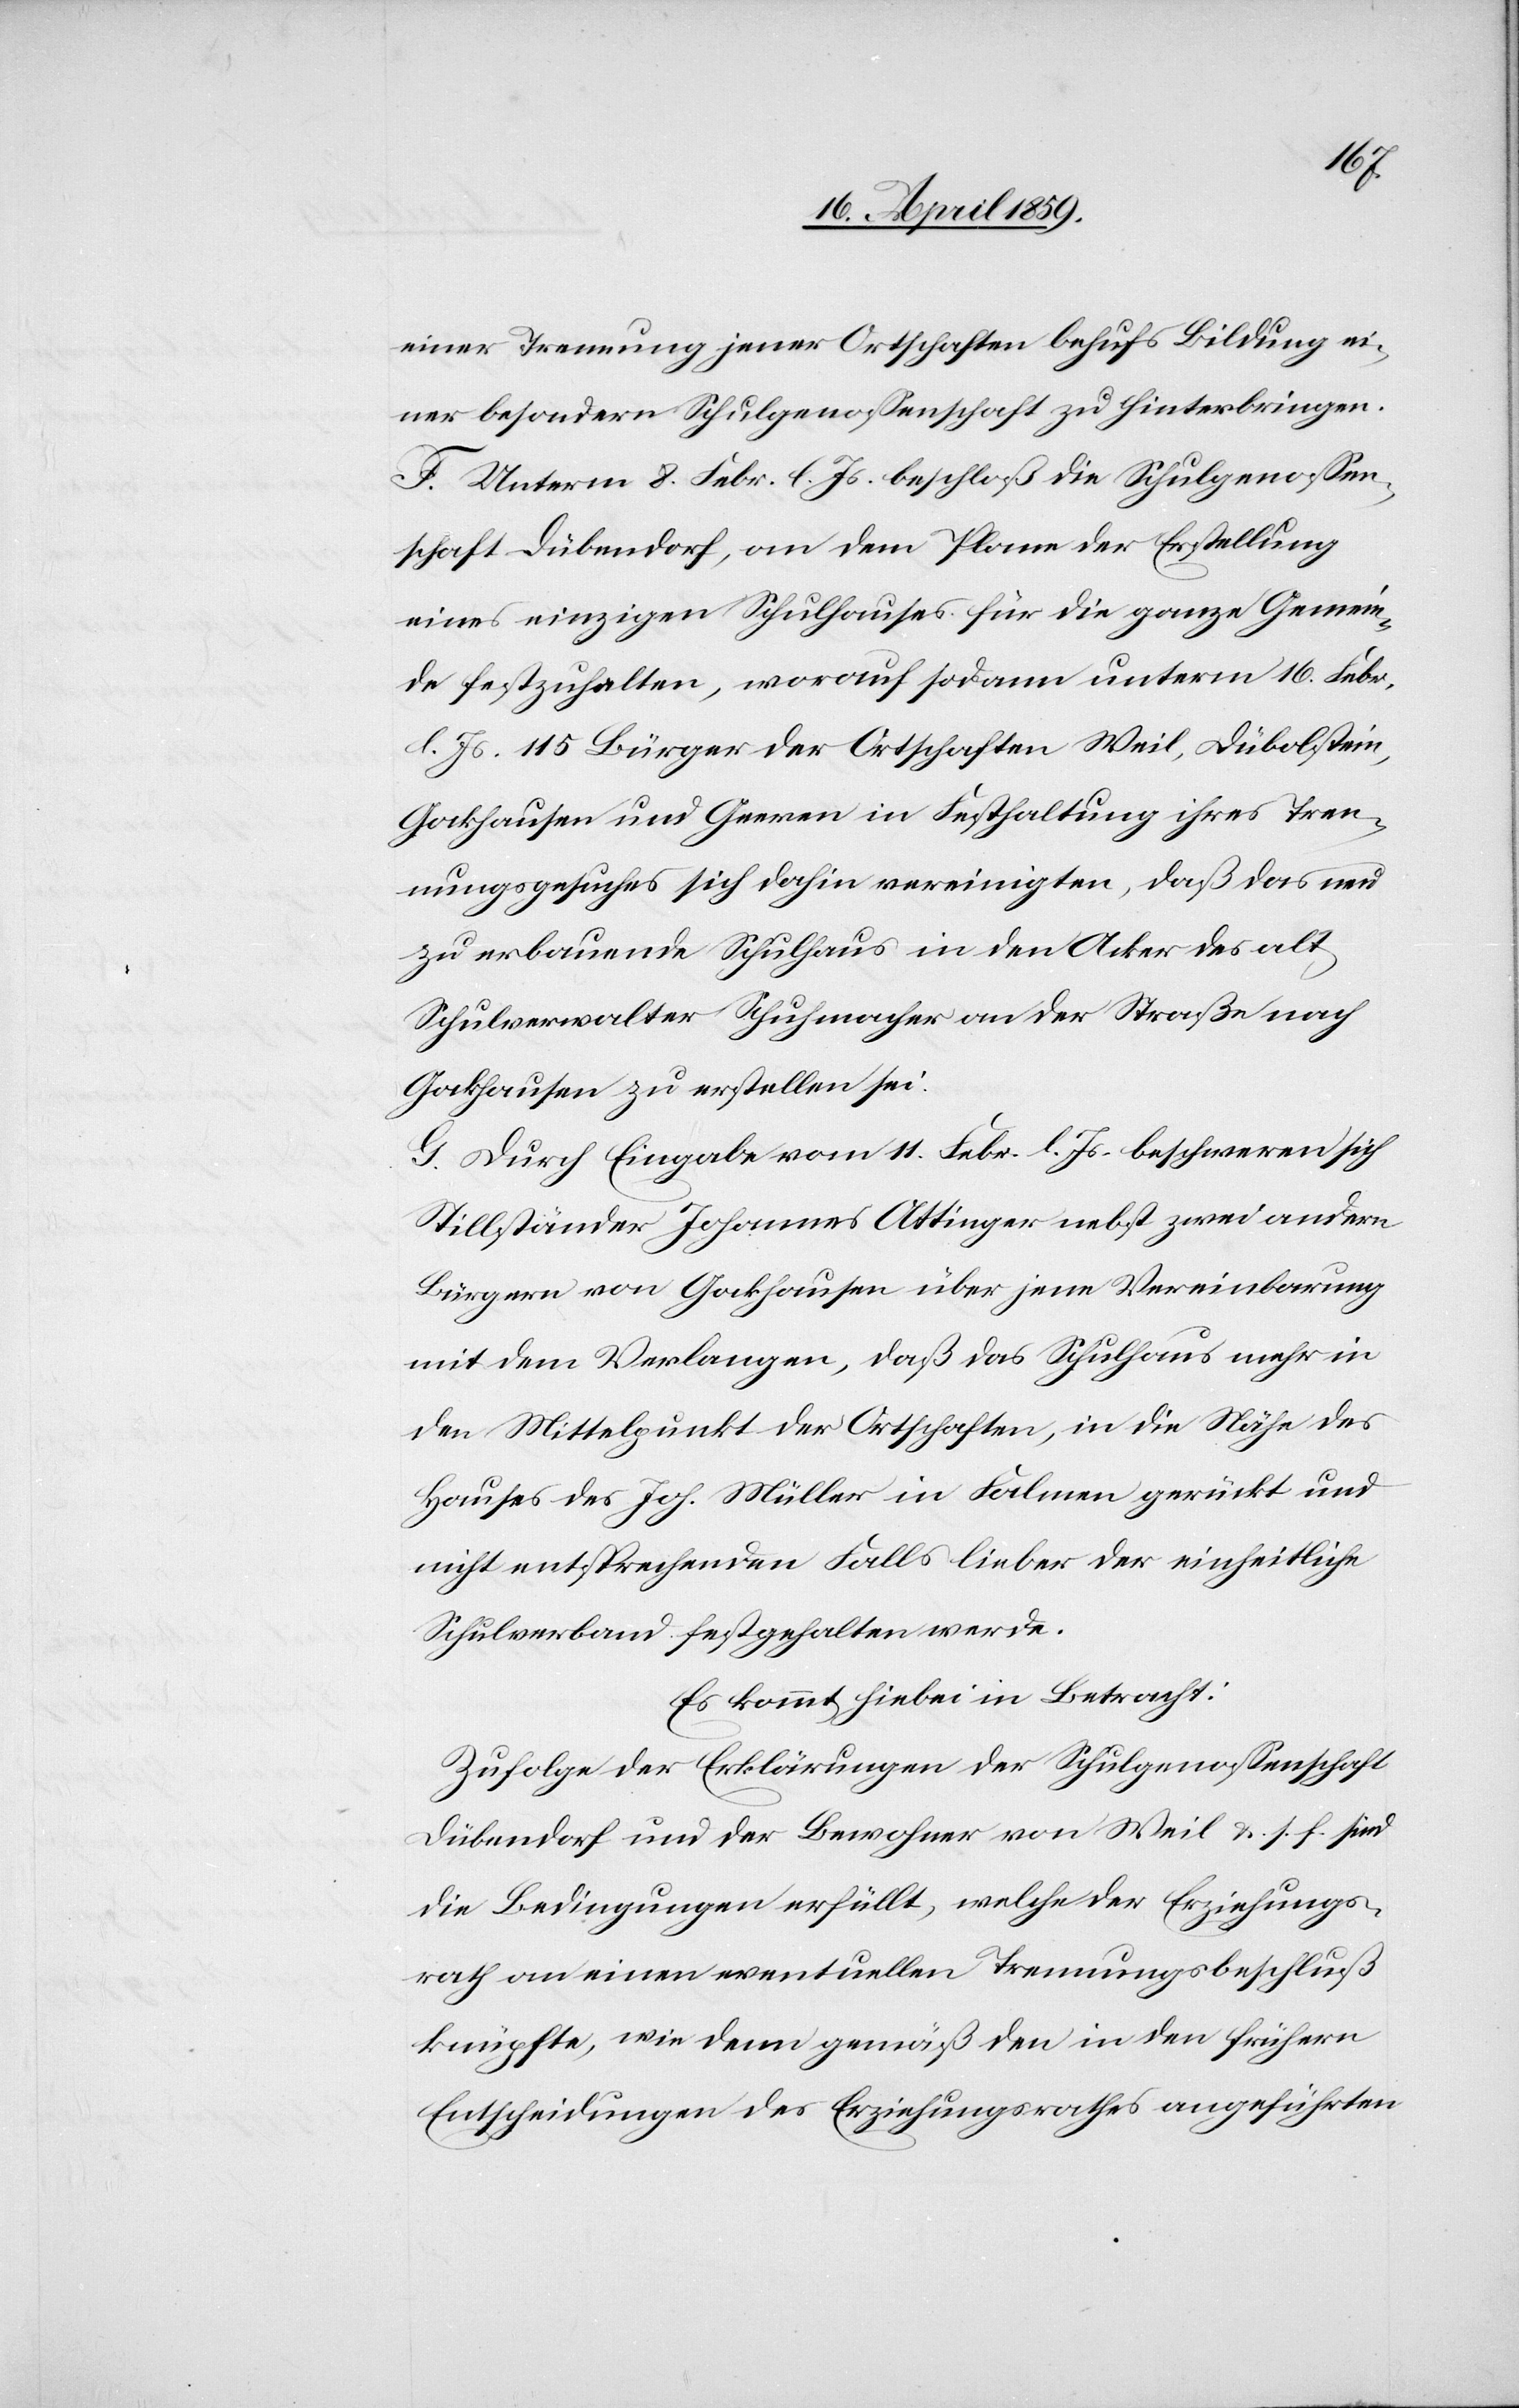
einer Trennung jener Ortschaften behufs Bildung ei¬
ner besondern Schulgenoßenschaft zu hinterbringen.
F. Unterm 8. Febr. l. Js. beschloß die Schulgenoßen¬
schaft Dübendorf, an dem Plane der Erstellung
eines einzigen Schulhauses für die ganze Gemein¬
de festzuhalten, worauf sodann unterm 16. Febr.
d. Js. 115 Bürger der Ortschaften Weil, Dübolstein,
Gockhausen und Geeren in Festhaltung ihres Tren¬
nungsgesuches sich dahin vereinigten, daß das neu
zu erbauende Schulhaus in den Acker des alt
Schulverwalter Schuhmacher an der Straße nach
Gockhausen zu erstellen sei.
G. Durch Eingabe vom 11. Febr. l. Js. beschweren sich
Stillständer Johannes Attinger nebst zwei andern
Bürgern von Gockhausen über jene Vereinbarung
mit dem Verlangen, daß das Schuhaus mehr in
den Mittelpunkt der Ortschaften, in die Nähe des
Hauses des Joh. Müller in Falmen gerückt und
nicht entsprechenden Falls lieber der einheitliche
Schulverband festgehalten werde.
Es kommt hiebei in Betracht:
Zufolge der Erklärungen der Schulgenoßenschaft
Dübendorf und der Bewohner von Weil &. s. f. sind
die Bedingungen erfüllt, welche der Erziehungs¬
rath an einen eventuellen Trennungsbeschluß
knüpfte, wie dem gemäß den in den frühern
Entscheidungen des Erziehungsrathes angeführten